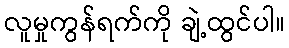
လူမှုကွန်ရက်ကို ချဲ့ထွင်ပါ။